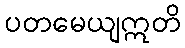
ပတမေယျဣတိ